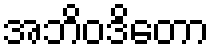
အဘိဝဒိတော